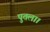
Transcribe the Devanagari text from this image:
पुतला।